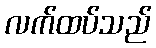
လက်ထပ်သည်